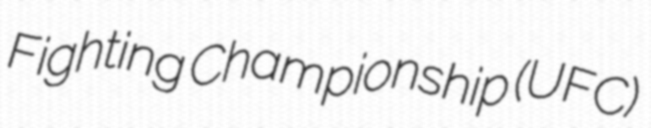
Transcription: Fighting Championship (UFC)